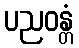
ပညဝန္တံ